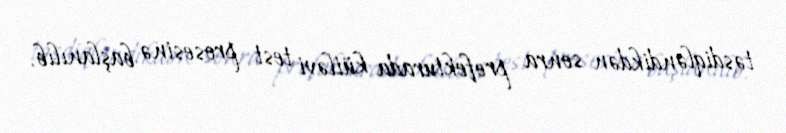
təsdiqləndikdən sonra prefekturada kütləvi test prosesinə başlanılıb.